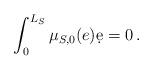
LaTeX: \begin{align*}\int_{0}^{L_{S}}\mu_{S,0}(e)\d e=0\,.\end{align*}